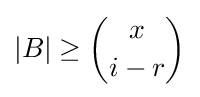
|B|\geq {\binom {x}{i-r}}